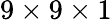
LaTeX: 9\times 9\times 1